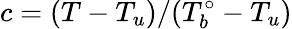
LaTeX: c=(T-T_{u})/(T_{b}^{\circ}-T_{u})